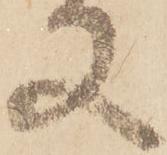
又